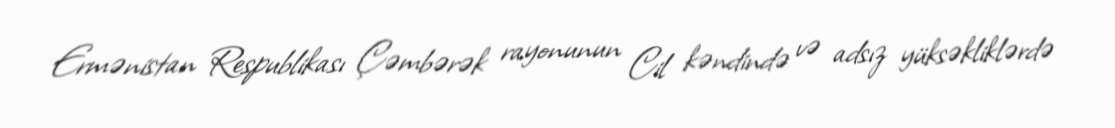
Ermənistan Respublikası Çəmbərək rayonunun Cil kəndində və adsız yüksəkliklərdə